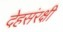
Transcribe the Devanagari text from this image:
देहसंरक्षी